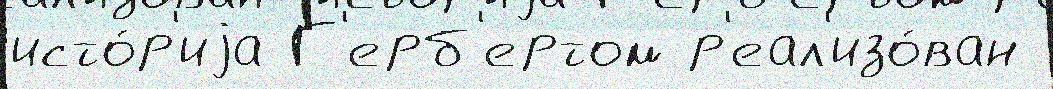
исто́р'иjа Г'ерб'ертом р'еал'изо́ван